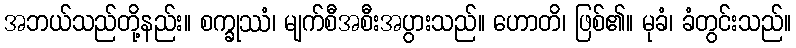
အဘယ်သည်တို့နည်း။ စက္ခုဿံ၊ မျက်စီအစီးအပွားသည်။ ဟောတိ၊ ဖြစ်၏။ မုခံ၊ ခံတွင်းသည်။